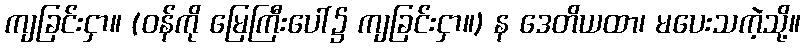
ကျခြင်းငှာ။ (ဝန်ကို မြေကြီးပေါ်၌ ကျခြင်းငှာ။) န ဒေတိယထာ၊ မပေးသကဲ့သို့။